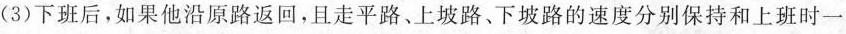
(3)下班后，如果他沿原路返回，且走平路、上坡路、下坡路的速度分别保持和上班时一